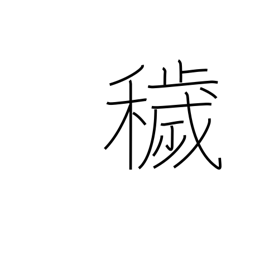
Meaning: dirty